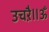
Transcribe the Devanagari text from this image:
उचऱै॥ॐ